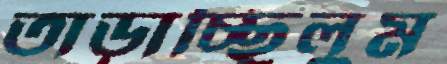
তাড়াচ্ছিলুম